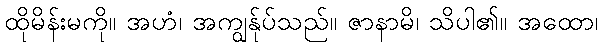
ထိုမိန်းမကို။ အဟံ၊ အကျွန်ုပ်သည်။ ဇာနာမိ၊ သိပါ၏။ အထော၊